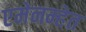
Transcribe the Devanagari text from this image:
एमेनम्हेत